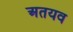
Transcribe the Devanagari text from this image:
अतयव